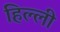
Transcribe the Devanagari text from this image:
हिल्ली